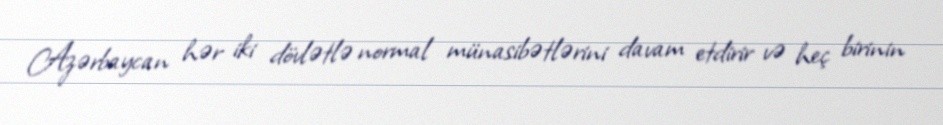
Azərbaycan hər iki dövlətlə normal münasibətlərini davam etdirir və heç birinin